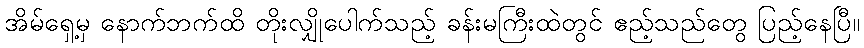
အိမ်ရှေ့မှ နောက်ဘက်ထိ တိုးလျှိုပေါက်သည့် ခန်းမကြီးထဲတွင် ဧည့်သည်တွေ ပြည့်နေပြီ။